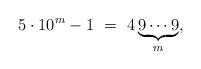
LaTeX: \begin{align*} 5\cdot 10^m - 1 \ =\ 4\underbrace{9\cdots 9}_{m}, \end{align*}